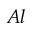
A l